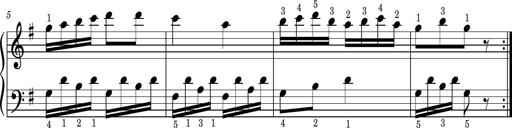
Title: Easy Progressive Lessons and 4 Sonatinas
Composer: Thomas Attwood